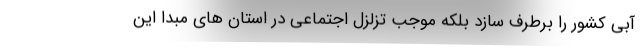
آبی کشور را برطرف سازد بلکه موجب تزلزل اجتماعی در استان های مبدا این